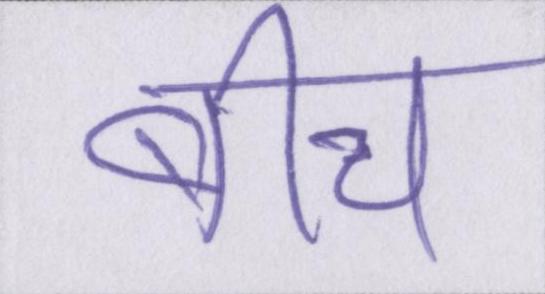
बीच